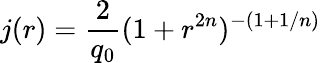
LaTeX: j(r)=\frac{2}{q_{0}}(1+r^{2n})^{-(1+1/n)}